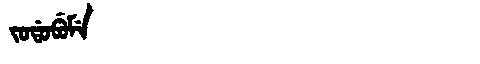
Manchu: ᠵᠣᡩᠣᠪᡠᠮᡝ
Romanization: JODOBUME